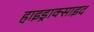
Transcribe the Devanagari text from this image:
हाइड्राक्साइद